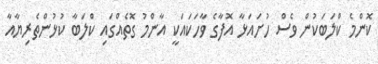
ކޮންމެ ކްލަބަކުން ވެސް ހުށައަޅާ އޮފާގެ ވާހަކައަކީ އާންމު ގޮތެއްގައި ކްލަބާ ކުޅުންތެރިޔާއާ